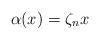
LaTeX: \begin{align*} \alpha(x) = \zeta_n x\end{align*}